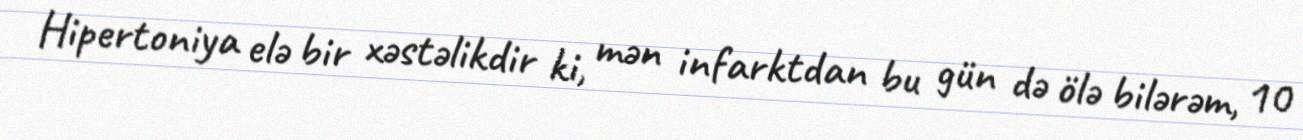
Hipertoniya elə bir xəstəlikdir ki, mən infarktdan bu gün də ölə bilərəm, 10